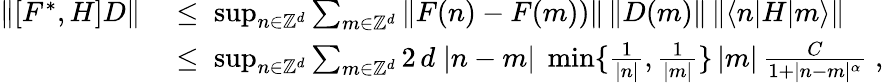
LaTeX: \begin{array}{rl}{\| [F^{*},H]D\| }&{\; \leq\; \operatorname*{sup}_{n\in{\mathbb Z}^{d}}\sum_{m\in{\mathbb Z}^{d}}\| F(n)-F(m))\| \, \| D(m)\| \, \| \langle n|H|m\rangle\| }\\ &{\; \leq\; \operatorname*{sup}_{n\in{\mathbb Z}^{d}}\sum_{m\in{\mathbb Z}^{d}}2\, d\; |n-m|\; \operatorname*{min}\{ \frac{1}{|n|},\frac{1}{|m|}\} \, |m|\, \frac{C}{1+|n-m|^{\alpha}}\; ,}\end{array}